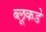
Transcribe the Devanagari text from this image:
ब्लूकडे